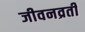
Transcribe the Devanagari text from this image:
जीवनव्रती